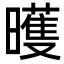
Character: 㬦